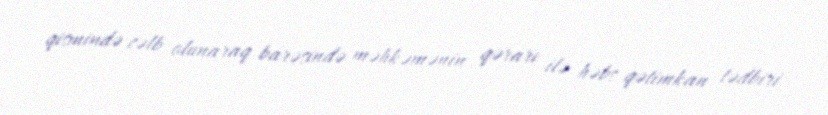
qismində cəlb olunaraq barəsində məhkəmənin qərarı ilə həbs qətimkan tədbiri